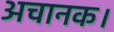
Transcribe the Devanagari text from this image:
अचानक।